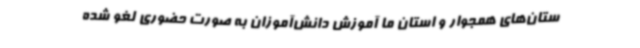
ستان‌های همجوار و استان ما آموزش دانش‌آموزان به صورت حضوری لغو شده